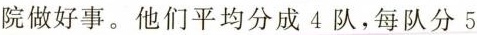
院做好事。他们平均分成4队，每队分5